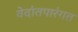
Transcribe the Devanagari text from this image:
वेदांतपारंगत